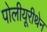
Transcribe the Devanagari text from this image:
पोलीयूरीथेन